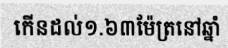
កើនដល់១.៦៣ម៉ែត្រនៅឆ្នាំ